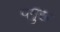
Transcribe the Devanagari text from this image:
पमुख